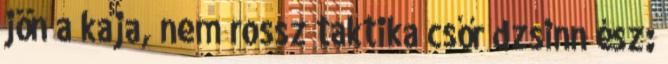
jön a kaja, nem rossz taktika csőr dzsinn ész: